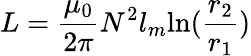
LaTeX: L=\frac{\mu_{0}}{2\pi}N^{2}l_{m}\textrm{ln}(\frac{r_{2}}{r_{1}})